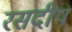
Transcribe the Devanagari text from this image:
रसदीप